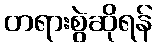
တရားစွဲဆိုရန်